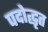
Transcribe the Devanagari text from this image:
पदोद्धृत